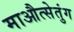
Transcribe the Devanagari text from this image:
माऔत्सेतुंग